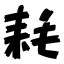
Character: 耗